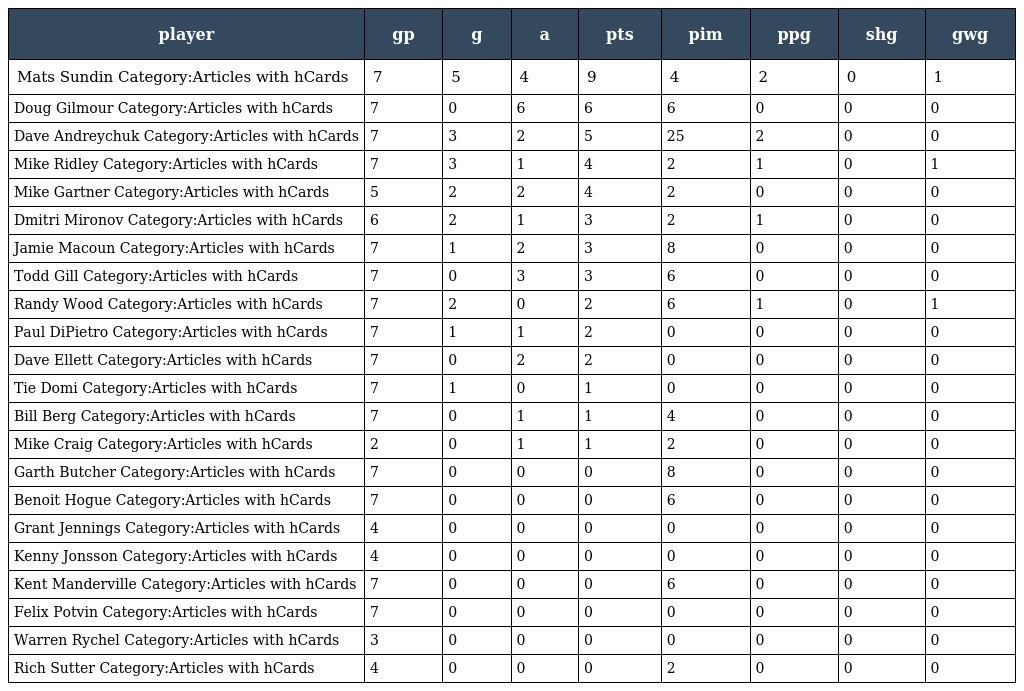
| player | gp | g | a | pts | pim | ppg | shg | gwg |
 | --- | --- | --- | --- | --- | --- | --- | --- | --- |
 | Mats Sundin Category:Articles with hCards | 7 | 5 | 4 | 9 | 4 | 2 | 0 | 1 |
 | Doug Gilmour Category:Articles with hCards | 7 | 0 | 6 | 6 | 6 | 0 | 0 | 0 |
 | Dave Andreychuk Category:Articles with hCards | 7 | 3 | 2 | 5 | 25 | 2 | 0 | 0 |
 | Mike Ridley Category:Articles with hCards | 7 | 3 | 1 | 4 | 2 | 1 | 0 | 1 |
 | Mike Gartner Category:Articles with hCards | 5 | 2 | 2 | 4 | 2 | 0 | 0 | 0 |
 | Dmitri Mironov Category:Articles with hCards | 6 | 2 | 1 | 3 | 2 | 1 | 0 | 0 |
 | Jamie Macoun Category:Articles with hCards | 7 | 1 | 2 | 3 | 8 | 0 | 0 | 0 |
 | Todd Gill Category:Articles with hCards | 7 | 0 | 3 | 3 | 6 | 0 | 0 | 0 |
 | Randy Wood Category:Articles with hCards | 7 | 2 | 0 | 2 | 6 | 1 | 0 | 1 |
 | Paul DiPietro Category:Articles with hCards | 7 | 1 | 1 | 2 | 0 | 0 | 0 | 0 |
 | Dave Ellett Category:Articles with hCards | 7 | 0 | 2 | 2 | 0 | 0 | 0 | 0 |
 | Tie Domi Category:Articles with hCards | 7 | 1 | 0 | 1 | 0 | 0 | 0 | 0 |
 | Bill Berg Category:Articles with hCards | 7 | 0 | 1 | 1 | 4 | 0 | 0 | 0 |
 | Mike Craig Category:Articles with hCards | 2 | 0 | 1 | 1 | 2 | 0 | 0 | 0 |
 | Garth Butcher Category:Articles with hCards | 7 | 0 | 0 | 0 | 8 | 0 | 0 | 0 |
 | Benoit Hogue Category:Articles with hCards | 7 | 0 | 0 | 0 | 6 | 0 | 0 | 0 |
 | Grant Jennings Category:Articles with hCards | 4 | 0 | 0 | 0 | 0 | 0 | 0 | 0 |
 | Kenny Jonsson Category:Articles with hCards | 4 | 0 | 0 | 0 | 0 | 0 | 0 | 0 |
 | Kent Manderville Category:Articles with hCards | 7 | 0 | 0 | 0 | 6 | 0 | 0 | 0 |
 | Felix Potvin Category:Articles with hCards | 7 | 0 | 0 | 0 | 0 | 0 | 0 | 0 |
 | Warren Rychel Category:Articles with hCards | 3 | 0 | 0 | 0 | 0 | 0 | 0 | 0 |
 | Rich Sutter Category:Articles with hCards | 4 | 0 | 0 | 0 | 2 | 0 | 0 | 0 |